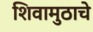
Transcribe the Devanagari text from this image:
शिवामुठाचे